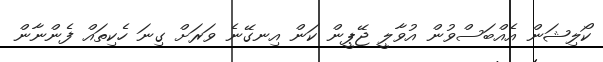
ކޯލިޝަން އެއްބަސްވުން އުވާލީ ޖޭޕީން ކަން އިނގޭނެ ވަރަށް ގިނަ ހެކިތައް ފެންނާން